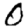
Digit: 0